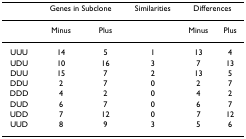
<table><thead><tr><td></td><td colspan="2"><b>Genes in Subclone</b></td><td><b>Similarities</b></td><td colspan="2"><b>Differences</b></td></tr></thead><tbody><tr><td></td><td>Minus</td><td>Plus</td><td></td><td>Minus</td><td>Plus</td></tr><tr><td>UUU</td><td>14</td><td>5</td><td>1</td><td>13</td><td>4</td></tr><tr><td>UDU</td><td>10</td><td>16</td><td>3</td><td>7</td><td>13</td></tr><tr><td>DUU</td><td>15</td><td>7</td><td>2</td><td>13</td><td>5</td></tr><tr><td>DDU</td><td>2</td><td>7</td><td>0</td><td>2</td><td>7</td></tr><tr><td>DDD</td><td>4</td><td>2</td><td>0</td><td>4</td><td>2</td></tr><tr><td>DUD</td><td>6</td><td>7</td><td>0</td><td>6</td><td>7</td></tr><tr><td>UDD</td><td>7</td><td>12</td><td>0</td><td>7</td><td>12</td></tr><tr><td>UUD</td><td>8</td><td>9</td><td>3</td><td>5</td><td>6</td></tr></tbody></table>